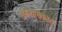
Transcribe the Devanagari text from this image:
उपन्यासंकारों